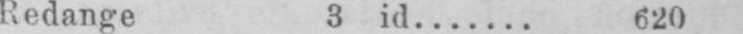
Redange 3 id....... 620